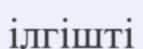
ілгішті